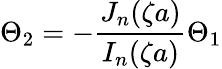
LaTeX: \Theta_{2}=-\frac{J_{n}(\zeta a)}{I_{n}(\zeta a)}\Theta_{1}